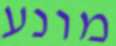
מונע